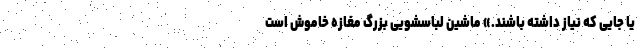
یا جایی که نیاز داشته باشند.» ماشین لباسشویی بزرگ مغازه خاموش است